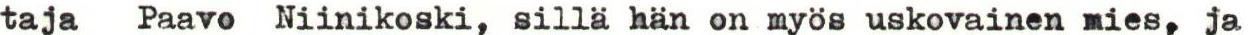
taja Paavo Niinikoski, sillä hän on myös uskovainen mies, ja